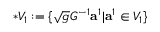
* V _ { 1 } : = \{ \sqrt { g } G ^ { - 1 } { \mathbf a } ^ { 1 } | { \mathbf a } ^ { 1 } \in V _ { 1 } \}